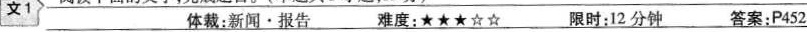
文1 体裁：新闻·报告___难度：★★★☆☆ 限时：12分钟 答案：P452